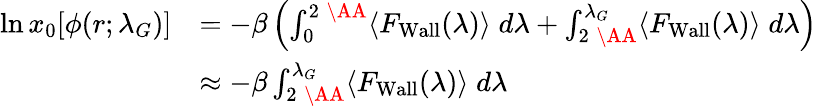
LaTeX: \begin{array}{rl}{\ln x_{0}[\phi(r;\lambda_{G})]}&{=-\beta\left(\int_{0}^{2\; \mathrm{\AA}}\langle F_{\mathrm{{Wall}}}(\lambda)\rangle\; d\lambda+\int_{2\; \mathrm{\AA}}^{\lambda_{G}}\langle F_{\mathrm{Wall}}(\lambda)\rangle\; d\lambda\right)}\\ &{\approx-\beta\int_{2\; \mathrm{\AA}}^{\lambda_{G}}\langle F_{\mathrm{{Wall}}}(\lambda)\rangle\; d\lambda}\end{array}